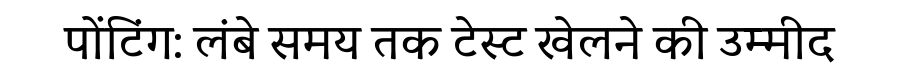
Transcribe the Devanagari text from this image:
पोंटिंग: लंबे समय तक टेस्ट खेलने की उम्मीद